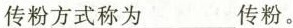
传粉方式称为___传粉。